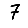
Digit: 7